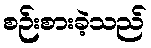
စဉ်းစားခဲ့သည်